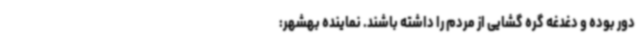
دور بوده و دغدغه گره گشایی از مردم را داشته باشند. نماینده بهشهر: